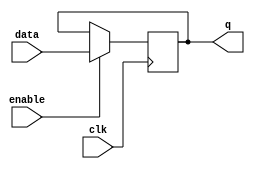
module data_enable_latch(
    input wire data,
    input wire enable,
    input wire clk,
    output reg q
);

always @(posedge clk) begin
    if(enable) begin
        q <= data;
    end
end

endmodule